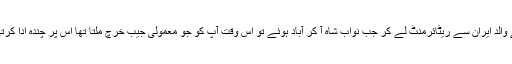
آپ کے والد ایران سے ریٹائرمنٹ لے کر جب نواب شاہ آ کر آباد ہوئے تو اس وقت آپ کو جو معمولی جیب خرچ ملتا تھا اس پر چندہ ادا کرتی تھیں۔